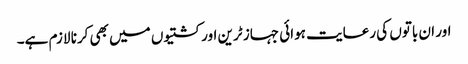
اور ان باتوں کی رعایت ہوائی جہاز ٹرین اور کشتیوں میں بھی کرنا لازم ہے۔